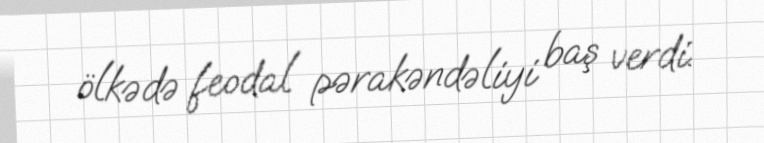
ölkədə feodal pərakəndəliyi baş verdi.